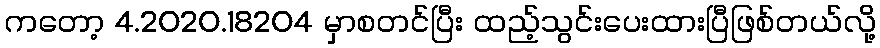
ကတော့ 4.2020.18204 မှာစတင်ပြီး ထည့်သွင်းပေးထားပြီဖြစ်တယ်လို့